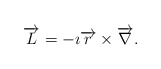
\begin{align*} \overrightarrow{L}=-\imath \overrightarrow{r}\times \overrightarrow{\nabla} .\end{align*}